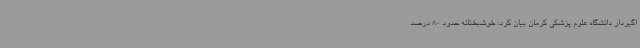
اگیردار دانشگاه علوم پزشکی کرمان بیان کرد: خوشبختانه حدود 80 درصد